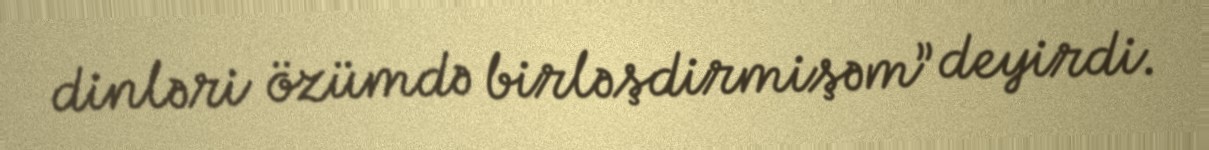
dinləri özümdə birləşdirmişəm” deyirdi.